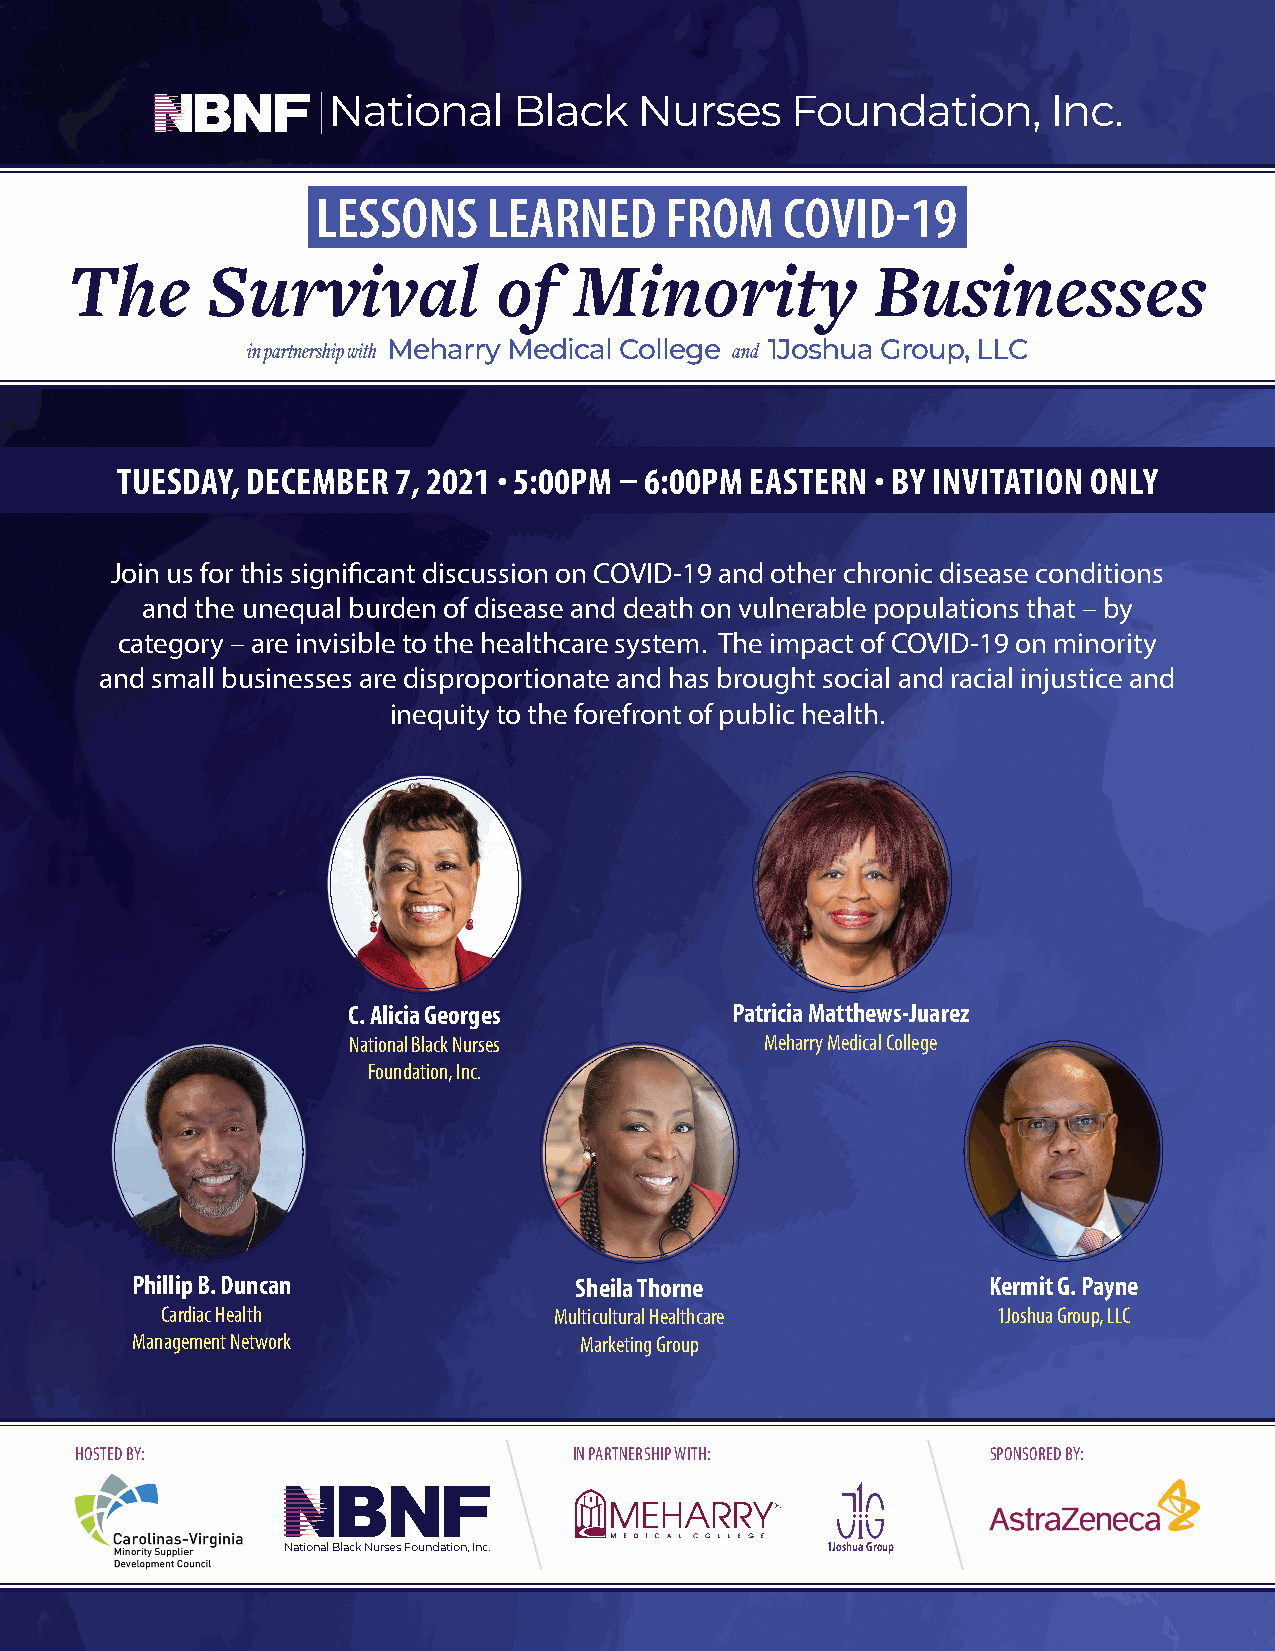
The      Survival           of   Minority            Businesses
 in partnership with Meharry Medical College and 1Joshua Group, LLC
 TUESDAY, DECEMBER 7, 2021 · 5:00PM – 6:00PM EASTERN · BY INVITATION ONLY
 Join us for this significant discussion on COVID-19 and other chronic disease conditions
 and the unequal burden of disease and death on vulnerable populations that – by
 category – are invisible to the healthcare system. The impact of COVID-19 on minority
 and small businesses are disproportionate and has brought social and racial injustice and
 inequity to the forefront of public health.
 C. Alicia Georges        Patricia Matthews-Juarez
 National Black Nurses       Meharry Medical College
 Foundation, Inc.
 Phillip B. Duncan            Sheila Thorne              Kermit G. Payne
 Cardiac Health            Multicultural Healthcare     1Joshua Group, LLC
 Management Network           Marketing Group
 HOSTED BY:                       IN PARTNERSHIP WITH:        SPONSORED BY:
 National Black Nurses Foundation, Inc. 1Joshua Group